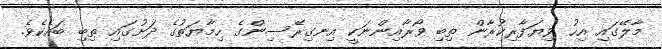
މާލޭގައި އިހު ވިޔަފާރިކުރާން ތިބި ވޯރާއިންނަކީ އިނގިރޭސިންގެ ހިމާޔަތުގެ ދަށުގައި ތިބި ބައެކެވެ.